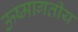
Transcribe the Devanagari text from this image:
ऊष्मागतीय